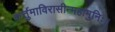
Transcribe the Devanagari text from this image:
कर्त्तुमाविरासीन्महामुनिः॥